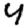
Digit: 4